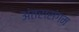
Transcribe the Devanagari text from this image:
अंतरासंगम